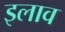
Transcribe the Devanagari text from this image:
इलाव